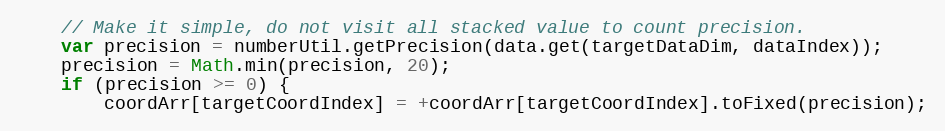
Language: JavaScript
    // Make it simple, do not visit all stacked value to count precision.
    var precision = numberUtil.getPrecision(data.get(targetDataDim, dataIndex));
    precision = Math.min(precision, 20);
    if (precision >= 0) {
        coordArr[targetCoordIndex] = +coordArr[targetCoordIndex].toFixed(precision);